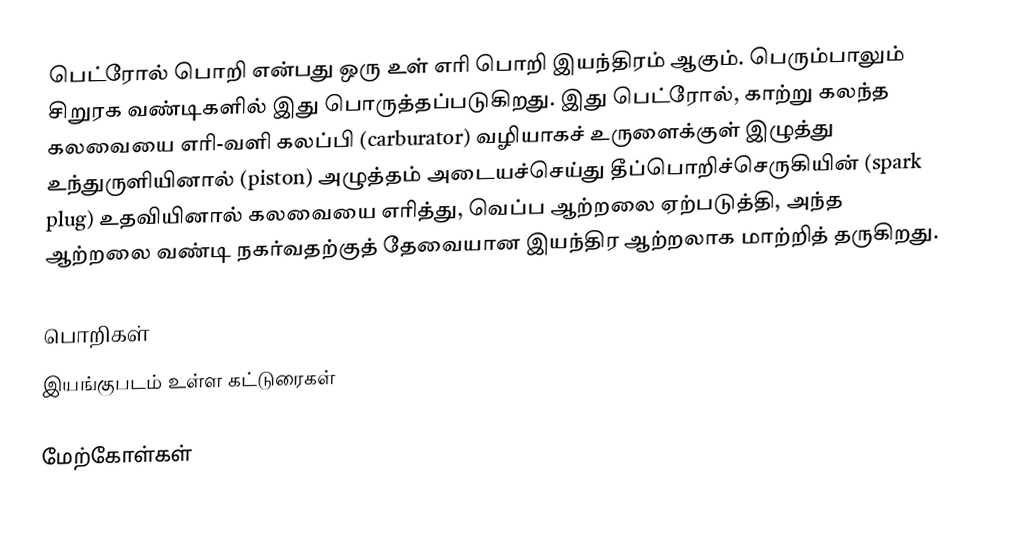
பெட்ரோல் பொறி என்பது ஒரு உள் எரி பொறி இயந்திரம் ஆகும். பெரும்பாலும் சிறுரக வண்டிகளில் இது பொருத்தப்படுகிறது. இது பெட்ரோல், காற்று கலந்த கலவையை எரி-வளி கலப்பி (carburator) வழியாகச் உருளைக்குள் இழுத்து உந்துருளியினால் (piston) அழுத்தம் அடையச்செய்து தீப்பொறிச்செருகியின் (spark plug) உதவியினால் கலவையை எரித்து, வெப்ப ஆற்றலை ஏற்படுத்தி, அந்த ஆற்றலை வண்டி நகர்வதற்குத் தேவையான இயந்திர ஆற்றலாக மாற்றித் தருகிறது.

பொறிகள்
இயங்குபடம் உள்ள கட்டுரைகள்

மேற்கோள்கள்